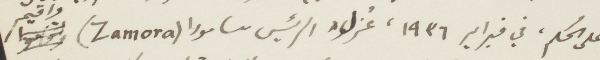
على الحكم في فبراير ١۹۳٦، عزل الرئيس سامورا (Zamora) وأقيم